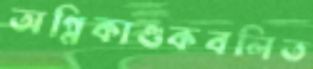
অগ্নিকাণ্ডকবলিত